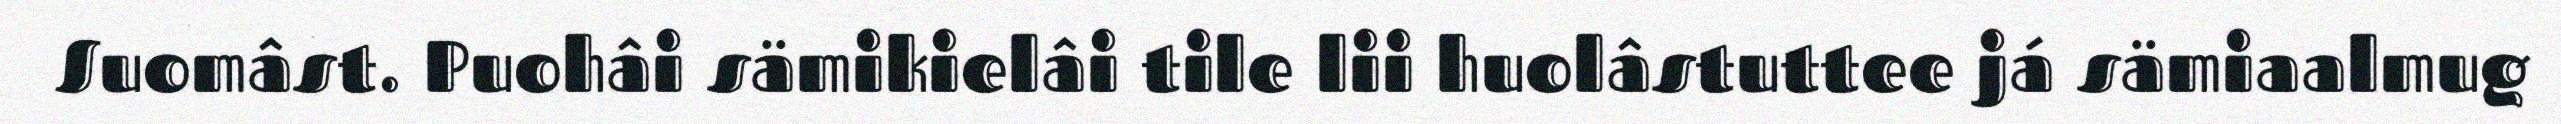
Suomâst. Puohâi sämikielâi tile lii huolâstuttee já sämiaalmug